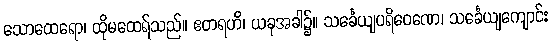
သောထေရော၊ ထိုမထေရ်သည်။ ဧတရဟိ၊ ယခုအခါ၌။ သင်္ခေယျပရိဝေဏေ၊ သင်္ခေယျကျောင်း